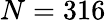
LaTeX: N=316